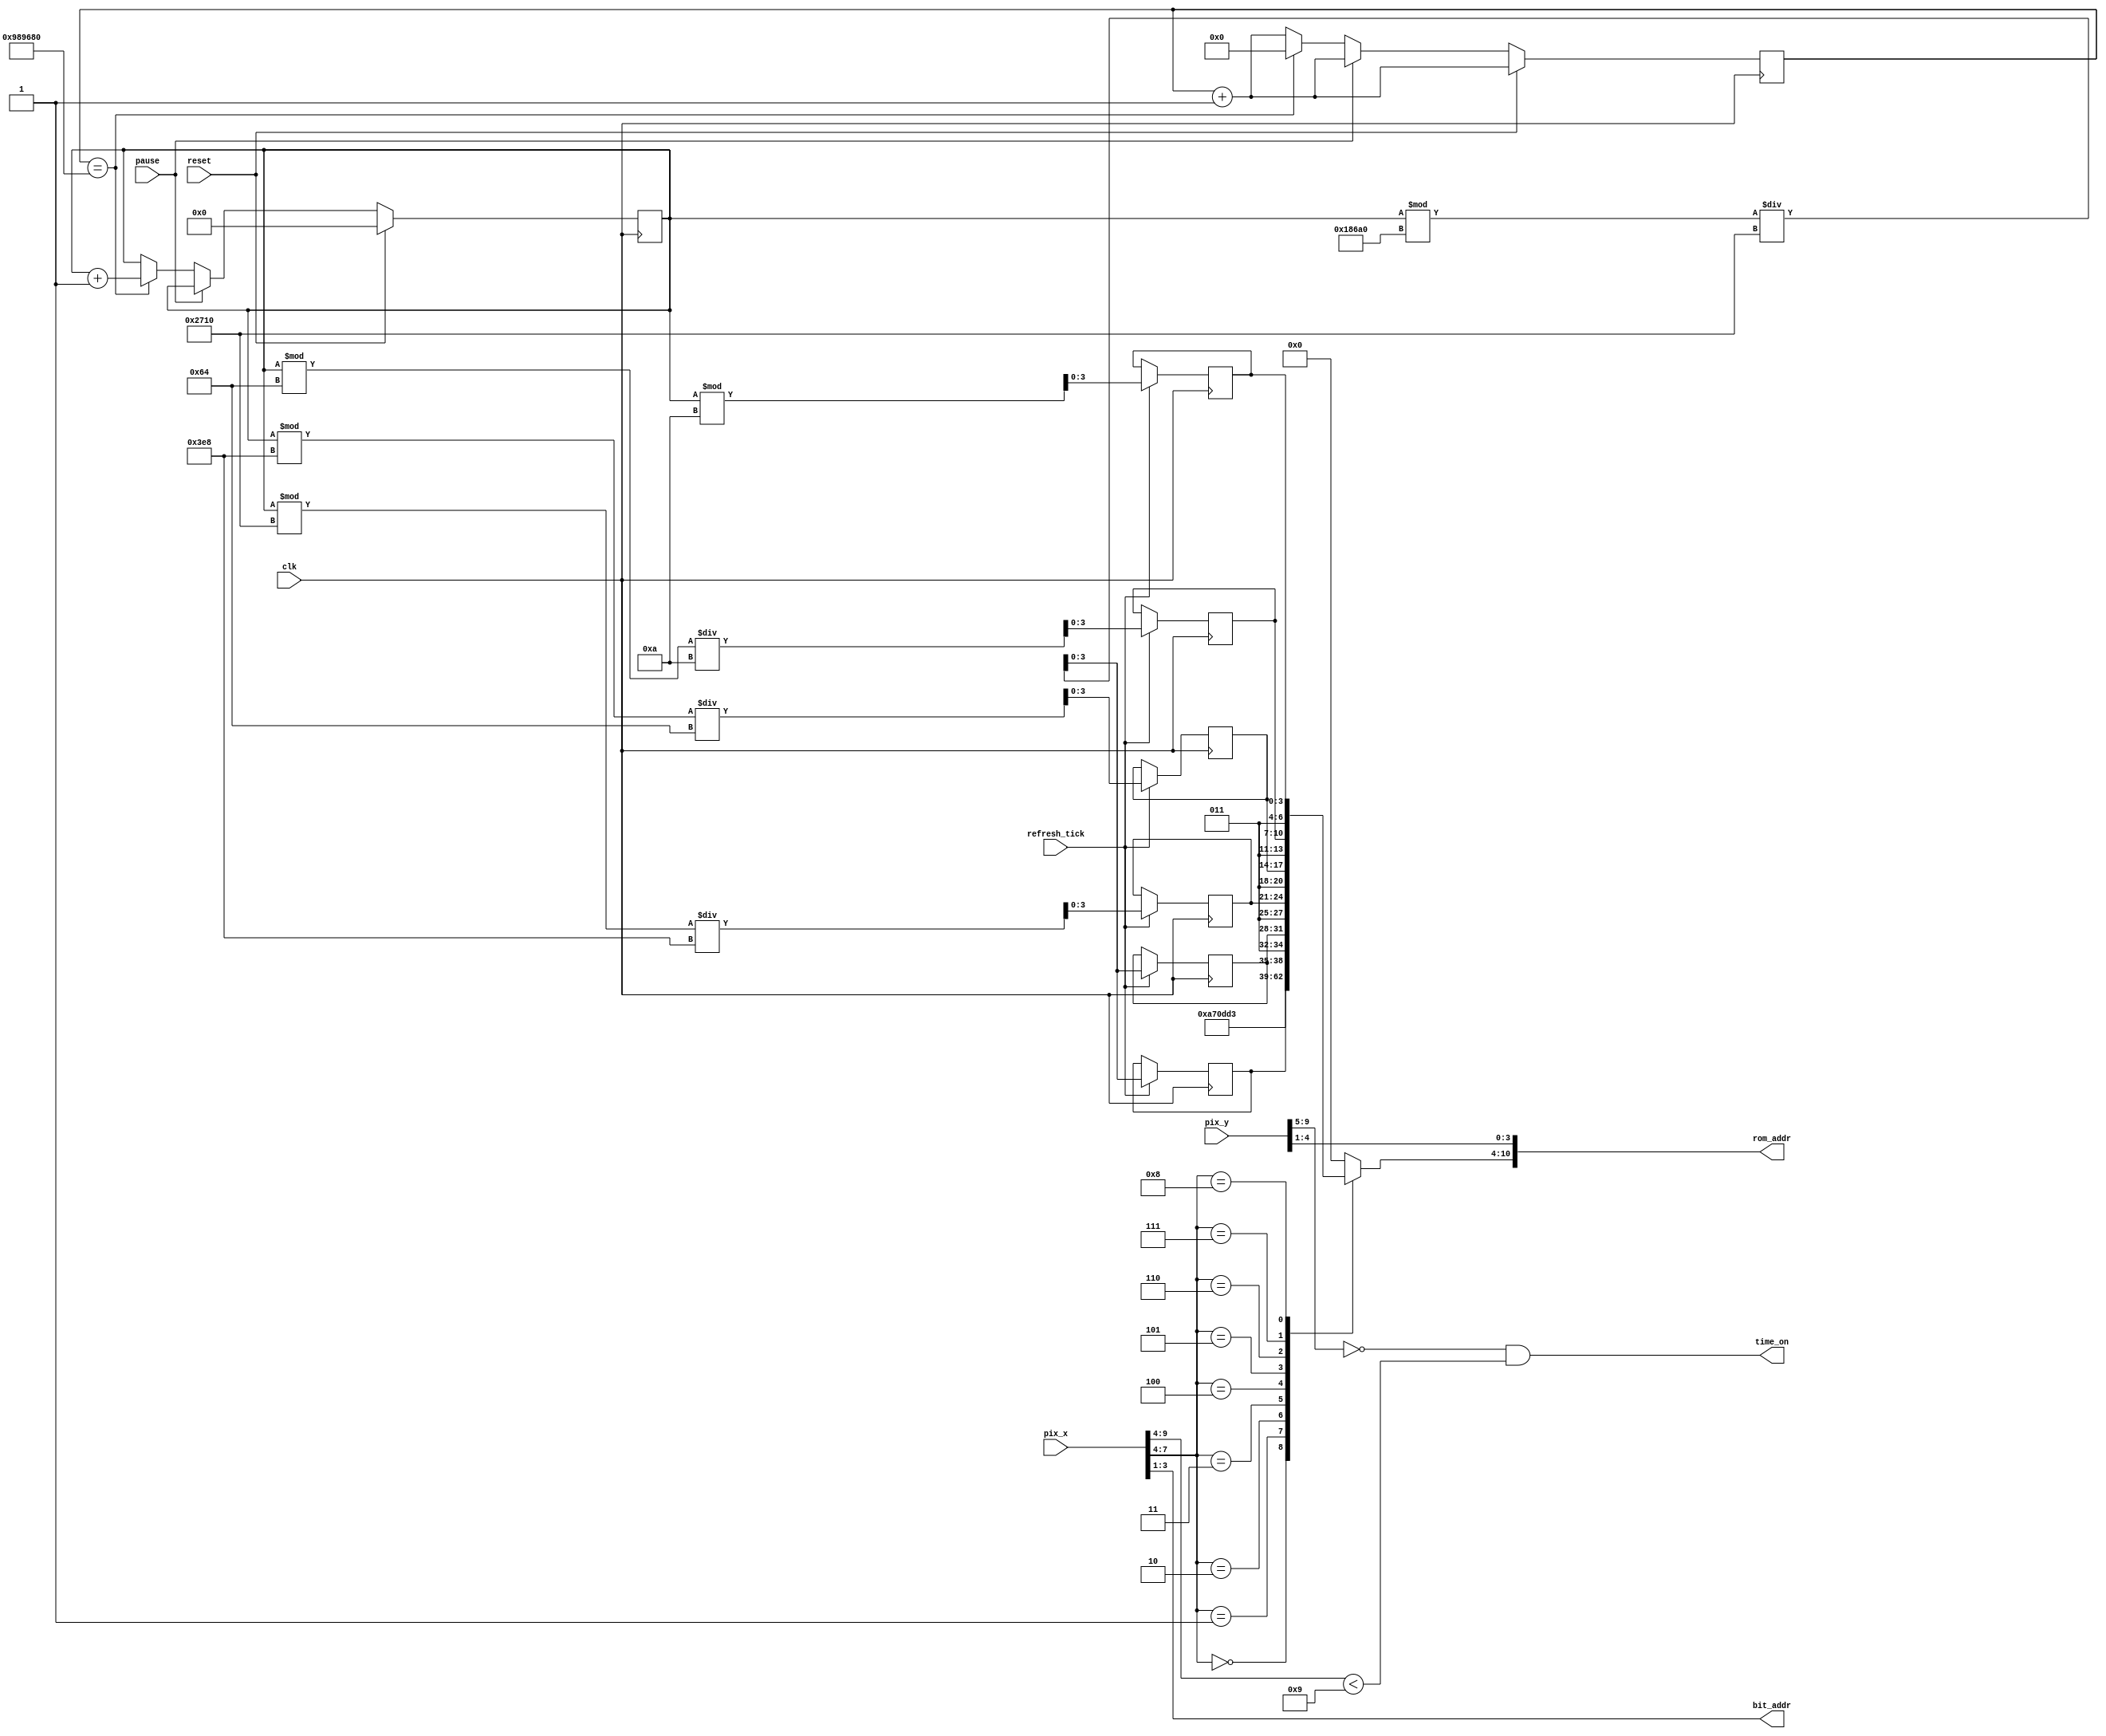
`timescale 1ns / 1ps

module time_text(
input wire clk, reset, pause,
input wire refresh_tick,
input wire [20:0] pix_x, pix_y,
output wire time_on,
output wire [2:0] bit_addr,
output wire [10:0] rom_addr);
    
//variables 
wire [3:0] row_addr;    
reg [12:0] char_addr;
reg [23:0] time_tick;
reg [30:0] raceTime;
reg [3:0] dig_10th, dig_1s, dig_10s, dig_100s, dig_1000s, dig_10000s;

assign time_on = (pix_y [9: 5] ==0) && (pix_x [9: 4] <9) ;
assign row_addr = pix_y [4:1];
assign bit_addr = pix_x [3:1];
assign rom_addr = {char_addr, row_addr};
 
//measure time in miliseonds
always@(posedge clk)
begin
time_tick <= time_tick + 1;
if(reset)
    raceTime<=0;
else if(pause)
    raceTime <=raceTime;
else if(time_tick==10000000) //0.1 second
begin
    time_tick<=0;
    raceTime <= raceTime + 1;
end

//calculate decimal digits
if(refresh_tick)
    begin
    dig_10th <= raceTime%10;
    dig_1s <= (raceTime%100)/10;
    dig_10s <= (raceTime%1000)/100;
    dig_100s <= (raceTime%10000)/1000;
    dig_1000s <= (raceTime%100000)/10000;
    dig_10000s <= (raceTime%100000)/10000;
    end
end 


always @*
case (pix_x [7:4])
4'h0: char_addr = 7'h53; // S
4'h1: char_addr = 7'h43; // c
//4'h2: char_addr = 7'h4F; // o
//4'h3: char_addr = 7'h52; // r
//4'h4: char_addr = 7'h45; // e
4'h2: char_addr = 7'h3A; // :
4'h3: char_addr = {3'b011, dig_10000s}; // d i g i t 10000
4'h4: char_addr = {3'b011, dig_1000s}; // d i g i t 1000
4'h5: char_addr = {3'b011, dig_100s}; // d i g i t 100
4'h6: char_addr = {3'b011, dig_10s}; // d i g i t 10
4'h7: char_addr = {3'b011, dig_1s}; // d i g i t 1
//4'hA: char_addr = 7'h2e; // .
4'h8: char_addr = {3'b011, dig_10th}; // d i g i t 10th
default: char_addr = 7'h00; // 
endcase

endmodule